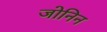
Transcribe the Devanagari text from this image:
जोनिन